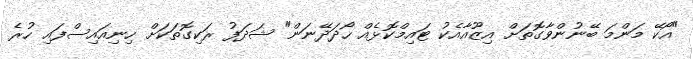
"އޯކޭ މަންމަ ބޭނުންވާގޮތަށް އިޒޫއާއެކު ޓައިމްކޮޅެއް ހޯދަދޭނަން" ޝަދަފު ރަކިގޮތަކަށް ހިނިއައިސްފައި ހުރެ